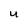
Character: U